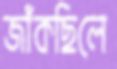
জাঁকছিলে